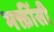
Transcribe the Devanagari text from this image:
भक्तींसी